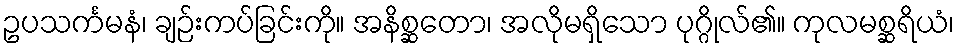
ဥပသင်္ကမနံ၊ ချဉ်းကပ်ခြင်းကို။ အနိစ္ဆတော၊ အလိုမရှိသော ပုဂ္ဂိုလ်၏။ ကုလမစ္ဆရိယံ၊